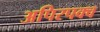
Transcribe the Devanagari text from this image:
अपिरपक्व